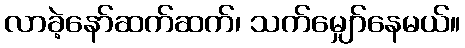
လာခဲ့နော်ဆက်ဆက်၊ သက်မျှော်နေမယ်။